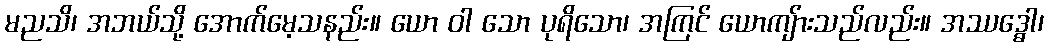
မညသိ၊ အဘယ်သို့ အောက်မေ့သနည်း။ ယော ဝါ သော ပုရိသော၊ အကြင် ယောကျ်ားသည်လည်း။ အဿဒ္ဓေါ၊